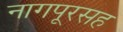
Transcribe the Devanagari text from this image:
नागपूरसह